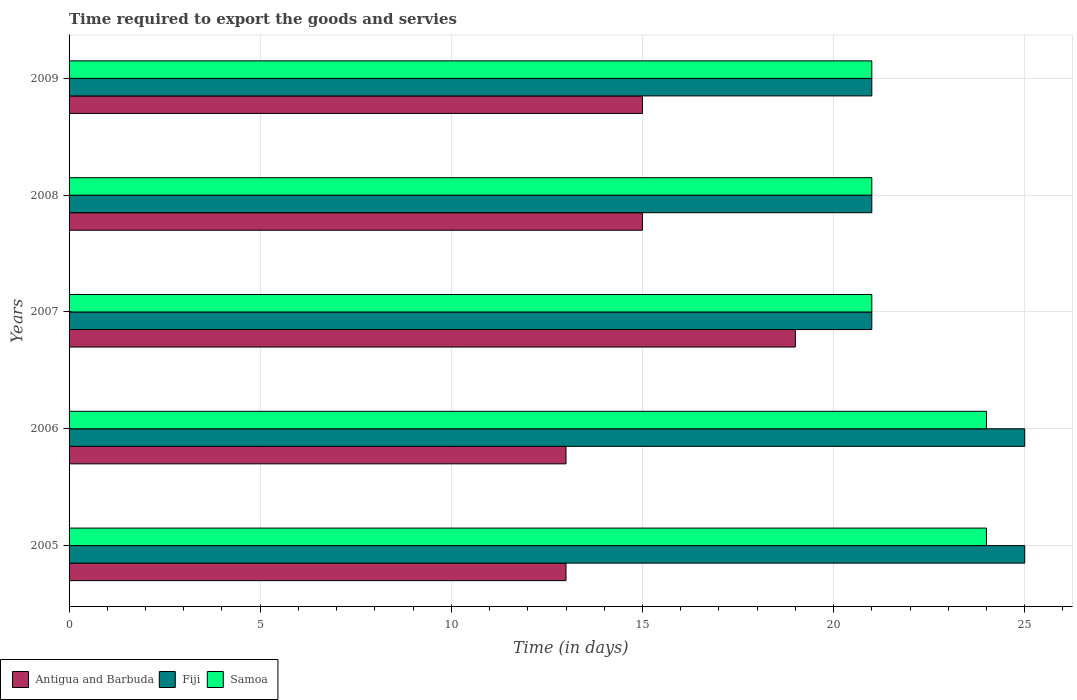
| Years | Antigua and Barbuda | Fiji | Samoa |
 | --- | --- | --- | --- |
 | 2005 | 13 | 25 | 24 |
 | 2006 | 13 | 25 | 24 |
 | 2007 | 19 | 21 | 21 |
 | 2008 | 15 | 21 | 21 |
 | 2009 | 15 | 21 | 21 |